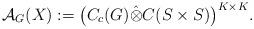
LaTeX: \begin{align*}\mathcal{A}_G(X):= \big( C_c(G) \hat{\otimes} C(S\times S)\big) ^{K\times K}.\end{align*}